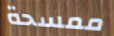
ممسحة